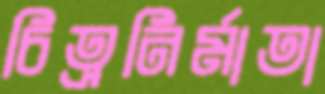
চিত্রনির্মাতা